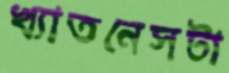
খ্যাতনেসটা